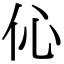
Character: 伈